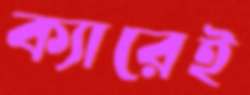
ক্যারেই